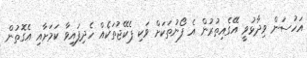
އަހުސަން ވިދާޅުވީ އޭގެއިތުރުން އެ ފޯނުތަކަށް ވަކި ޕެކޭޖުތަކެއް ހެދިފައިވާ ކަމަށާއި އެގޮތުން